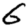
Digit: 6